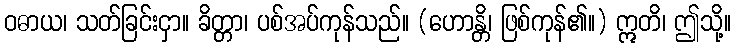
ဝဓာယ၊ သတ်ခြင်းငှာ။ ခိတ္တာ၊ ပစ်အပ်ကုန်သည်။ (ဟောန္တိ၊ ဖြစ်ကုန်၏။) ဣတိ၊ ဤသို့။